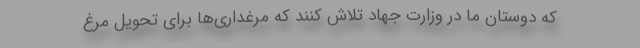
که دوستان ما در وزارت جهاد تلاش کنند که مرغداری‌ها برای تحویل مرغ